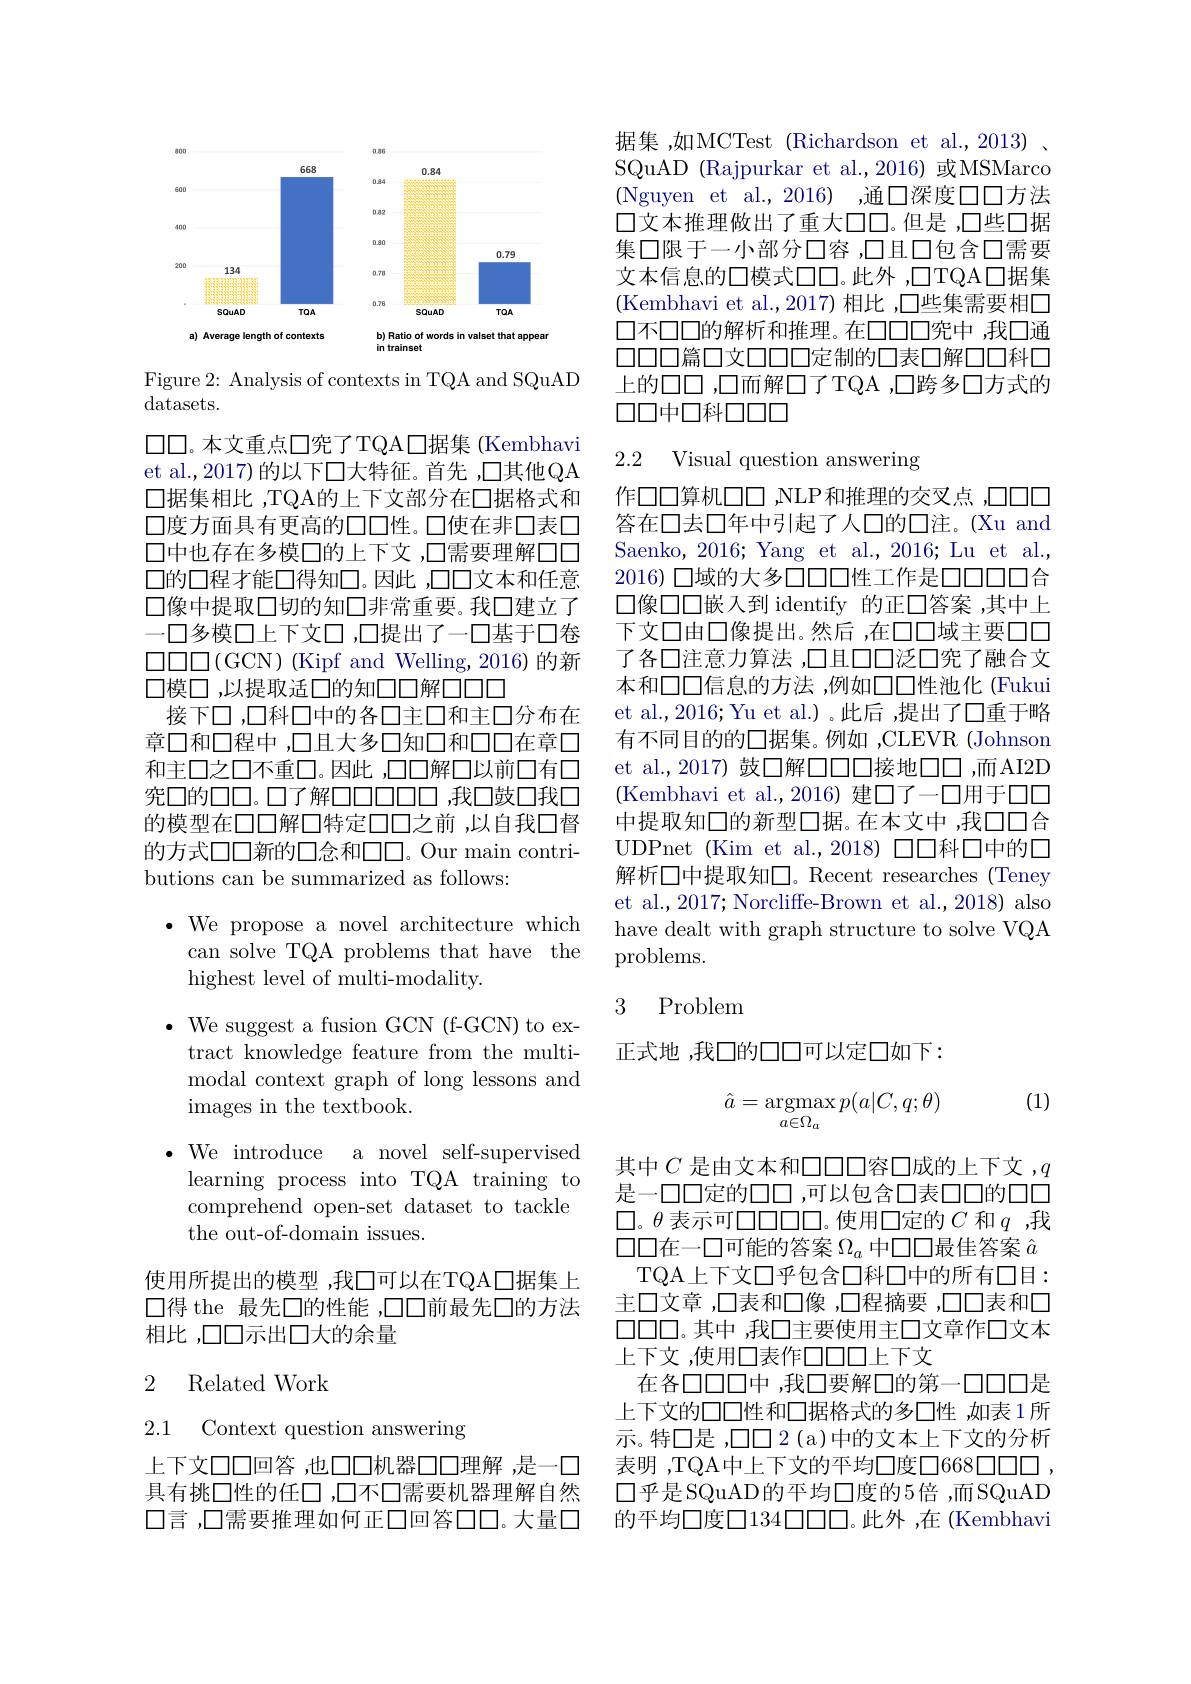
<FigureHere>

Figure 2: Analysis of contexts in TQA and SQuAD
datasets.

口口。本文重点口究了TQA口据集 (Kembhavi et al.,2017)的以下口大特征。首先 ,囗其他QA 口据集相比 ,TQA的上下文部分在口据格式和口度方面具有更高的口口性。口使在非口表口口中也存在多模口的上下文，口需要理解口口口的口程才能口得知口。因此 ,口口文本和任意口像中提取口切的知口非常重要。我口建立了一口多模口上下文口，口提出了一口基于口卷$$\square\square\square\square($GCN) (Kipf and Welling,2016)的新$ 口模口，以提取适口的知口口解口口口
接下口，口科口中的各口主口和主口分布在章口和口程中，口且大多口知口和口口在章口和主口之口不重口。因此 ,口口解口以前口有口究口的口口。口了解口口口口口口口，我口鼓口我口的模型在口口解口特定口口之前 ,以自我口督的方式口口新的口念和口口。Our main contributions can be summarized as follows:

$\bullet$ We propose a novel architecture which
can solve TQA problems that have the
highest level of multi-modality.

$\bullet$ We suggest a fusion GCN (f-GCN) to ex-
tract knowledge feature from the multimodal context graph of long lessons and ${\mathrm{images~in~the~textbook.}}$
$\bullet$We introduce a novel self-supervised learning process into TQA training to comprehend open-set dataset to tackle the out-of-domain issues.

使用所提出的模型 ,我□可以在TQA口据集上口得 the 最先口的性能 ,口口前最先口的方法相比 ,口口示出口大的余量

### 2 Related Work

2.1 Context question answering

上下文口口回答 ,也口口机器口口理解 ,是一口具有挑口性的任口，口不口需要机器理解自然口言，口需要推理如何正口回答口口。大量口

据集，如MCTest (Richardson et al.,2013) SQuAD (Rajpurkar et al.,2016) 或MSMarco (Nguyen et al., 2016) ,通口深度口口方法口文本推理做出了重大口口。但是 ,口些口据集口限于一小部分口容，口且口包含口需要文本信息的口模式口口。此外 ,口TQA口据集(Kembhavi et al.,2017)相比 ,口些集需要相口口不口口的解析和推理。在口口口究中，我口通口口口篇口文口口口定制的口表口解口口科口上的口口，口而解口了TQA ,口跨多口方式的$\square\square 中\square$科$\square\square\square\square\square$

## 2.2 Visual question answering

作口口算机口口，NLP和推理的交叉点，口口口答在口去口年中引起了人口的口注。(Xu and Saenko,2016; Yang et al.,2016; Lu et al., 2016) 口域的大多口口口性工作是口口口口合口像口口嵌入到 identify 的正口答案，其中上下文口由口像提出。然后 ,在口口域主要口口了各口注意力算法 ,口且口口泛口究了融合文本和口口信息的方法，例如口口性池化 (Fukui et al.,2016; Yu et al.)。此后 ,提出了口重于略有不同目的的口据集。例如 ,CLEVR (Johnson et al.,2017) 鼓口解口口口接地口，而AI2D (Kembhavi et al.,2016)建口了一口用于口口中提取知口的新型口据。在本文中，我口口合UDPnet (Kim et al.,2018) 口口科口中的口解析口中提取知口。Recent researches (Teney et al., 2017; Norcliffe-Brown et al., 2018) also have dealt with graph structure to solve VQA problems.

## 3 Problem

正式地 ,我口的口口可以定口如下：

(1)
$$\hat{a}=\mathop{\mathrm{argmax}}_{a\in\Omega_a}p(a|C,q;\theta)$$
其中$C$ 是由文本和口口口容口成的上下文 $,q$ 是一口口定的口口，可以包含口表口口的口口$\square$。$\theta$ 表示可$\square\square\square\square\square\square$。使用口定的$C$ 和$q$ ,我口口在一口可能的答案$\Omega_a$中口口最佳答案$\hat{a}$
TQA上下文口乎包含口科口中的所有口目： 主口文章 ,口表和口像 ,口程摘要 ,口口表和口口口口。其中 ,我口主要使用主口文章作口文本上下文，使用口表作口口口上下文
在各口口口中，我口要解口的第一口口口是上下文的口口性和口据格式的多口性 ,如表 1 所示。特口是 ,口口2 (a)中的文本上下文的分析表明 ,TQA中上下文的平均口度口668口口口 , 口乎是SQuAD的平均口度的5倍，而SQuAD 的平均口度口134口口口。此外，在(Kembhavi